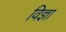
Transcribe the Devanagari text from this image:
विज्ञा